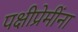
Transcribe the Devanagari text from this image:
पक्षीप्रेमींना